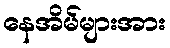
နေအိမ်များအား